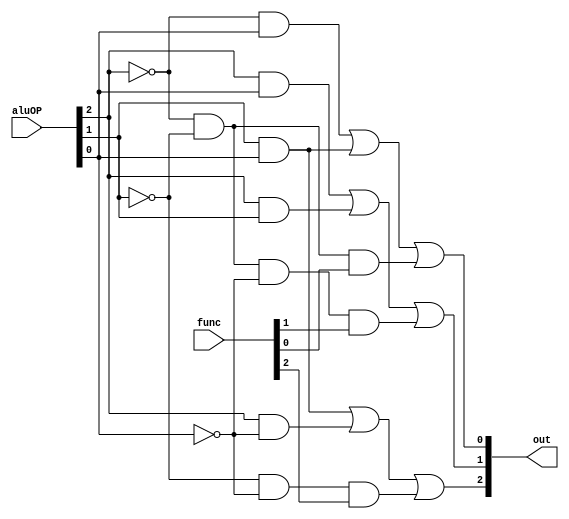
module Alu_control(aluOP,func,out);
	input [2:0] func;
	input [2:0]aluOP;
	output [2:0]out;
	
	assign out[2]= (aluOP[1]& aluOP[0])
						|(aluOP[2]& ~aluOP[0])
						|(~aluOP[1]&~aluOP[0]& func[2]);//BC + AC' + B'C'D	
	assign out[1]= (aluOP[2]&aluOP[0])
						|(aluOP[2]& aluOP[1])
						|(~aluOP[2]& ~aluOP[1]&~aluOP[0]& func[1]);//AC + AB + A'B'C'E
	assign out[0]= (~aluOP[2]& aluOP[0])
						|(aluOP[1]& aluOP[0])
						|(~aluOP[2]&~aluOP[1]& func[0]);//A'C + BC + A'B'F
			

endmodule